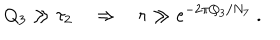
Q _ { 3 } \gg \tau _ { 2 } \quad \Rightarrow \quad r \gg e ^ { - 2 \pi Q _ { 3 } / N _ { 7 } } \ .